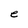
Character: e